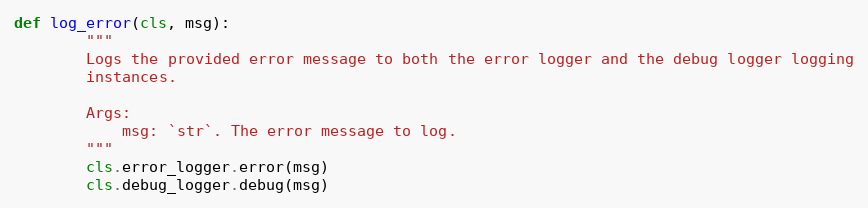
Language: Python
def log_error(cls, msg):
        """
        Logs the provided error message to both the error logger and the debug logger logging
        instances.

        Args:
            msg: `str`. The error message to log.
        """
        cls.error_logger.error(msg)
        cls.debug_logger.debug(msg)